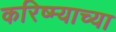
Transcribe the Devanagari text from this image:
करिष्म्याच्या